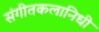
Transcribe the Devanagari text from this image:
संगीतकलानिधी